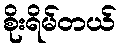
စိုးရိမ်တယ်